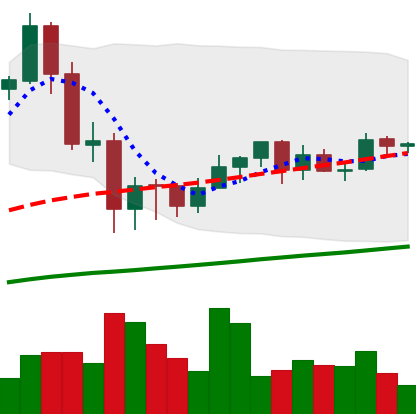
Ticker: ETH-USD
Chart end date: 2020-09-19
Forward return: -9.386%
Label: down_7plus